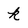
Character: k